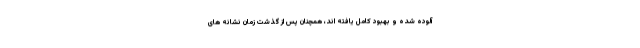
آلوده شده و بهبود کامل یافته اند، همچنان پس از گذشت زمان نشانه های